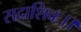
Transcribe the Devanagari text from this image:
सदाशिवः।।